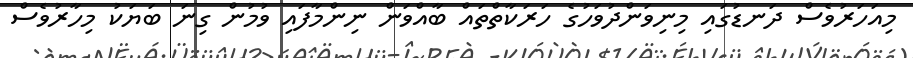
މިއަހަރުވެސް ދަނޑުގައި މިނިވަންދުވަހުގެ ހަރަކާތްތައް ބާއްވަން ނިންމާފައި ވުމުން ގިނަ ބަޔަކު މިހާރުވެސް